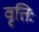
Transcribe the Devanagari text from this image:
वृतिः